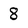
Character: 8